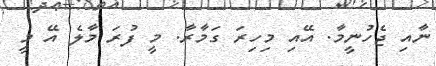
ނާއި ޖެހުނީމާ. އޭއި މިހިރަ ގަމާރާ. މީ ފުރަ މާލެ އޭ މީ